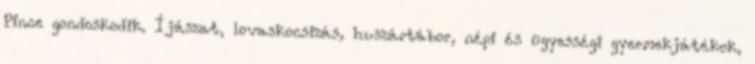
Pince gondoskodik. Íjászat, lovaskocsizás, huszártábor, népi és ügyességi gyermekjátékok,